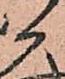
か